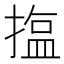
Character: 𪮝